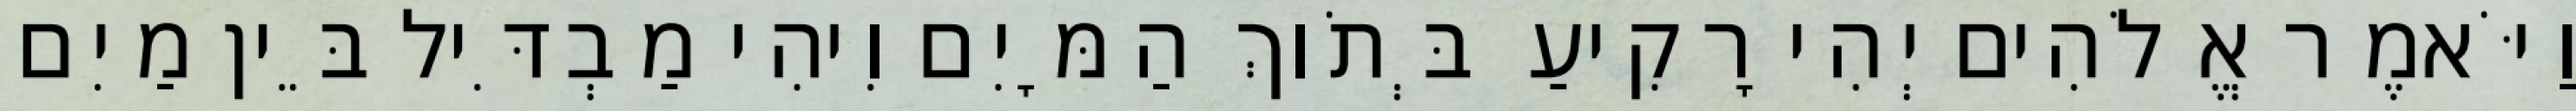
וַיֹּאמֶר אֱלֹהִים יְהִי רָקִיעַ בְּתֹוךְ הַמָּיִם וִיהִי מַבְדִּיל בֵּין מַיִם